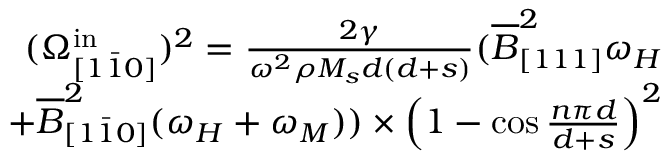
\begin{array} { r } { ( \Omega _ { [ 1 \bar { 1 } 0 ] } ^ { \mathrm { i n } } ) ^ { 2 } = \frac { 2 \gamma } { \omega ^ { 2 } \rho M _ { s } d ( d + s ) } ( \overline { { B } } _ { [ 1 1 1 ] } ^ { 2 } \omega _ { H } } \\ { + \overline { { B } } _ { [ 1 \bar { 1 } 0 ] } ^ { 2 } ( \omega _ { H } + \omega _ { M } ) ) \times \Big ( 1 - \cos { \frac { n \pi d } { d + s } } \Big ) ^ { 2 } } \end{array}